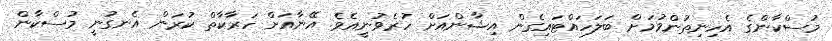
މުސްކާންގެ އެހިނިތުންވުމަށް ބަލަހައްޓައިގެން އިޝާންއަށް ހުރެވުނީއެވެ. އޭނާއަށް ހަރާކާތް ކުރަން އެނގުނީ މުސްކާން